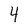
Character: 4